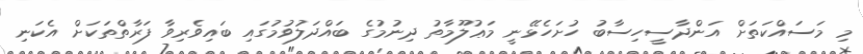
މި މަސައްކަތަށް އަންދާސީހިސާބު ހުށަހެޅޭނީ މަޢުލޫމާތު ދިނުމުގެ ބައްދަލުވުމުގައި ބައިވެރިވާ ފަރާތްތަކަށް އެކަނި